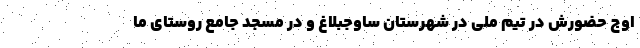
اوج حضورش در تیم ملی در شهرستان ساوجبلاغ و در مسجد جامع روستای ما